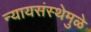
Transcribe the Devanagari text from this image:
न्यायसंस्थेमुळे